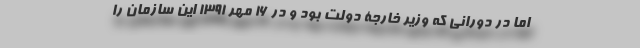
اما در دورانی که وزیر خارجۀ دولت بود و در 16 مهر 1391 این سازمان را